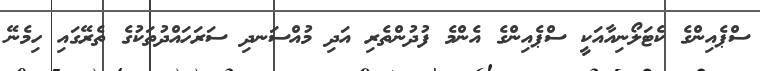
ސްޕެއިންގެ ކެޓަލޯނިއާއަކީ ސްޕެއިންގެ އެންމެ ފުދުންތެރި އަދި މުއްސަނދި ސަރަހައްދުތަކުގެ ތެރޭގައި ހިމެނޭ